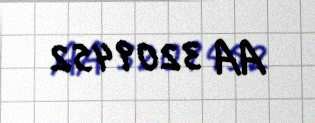
AA 3209452